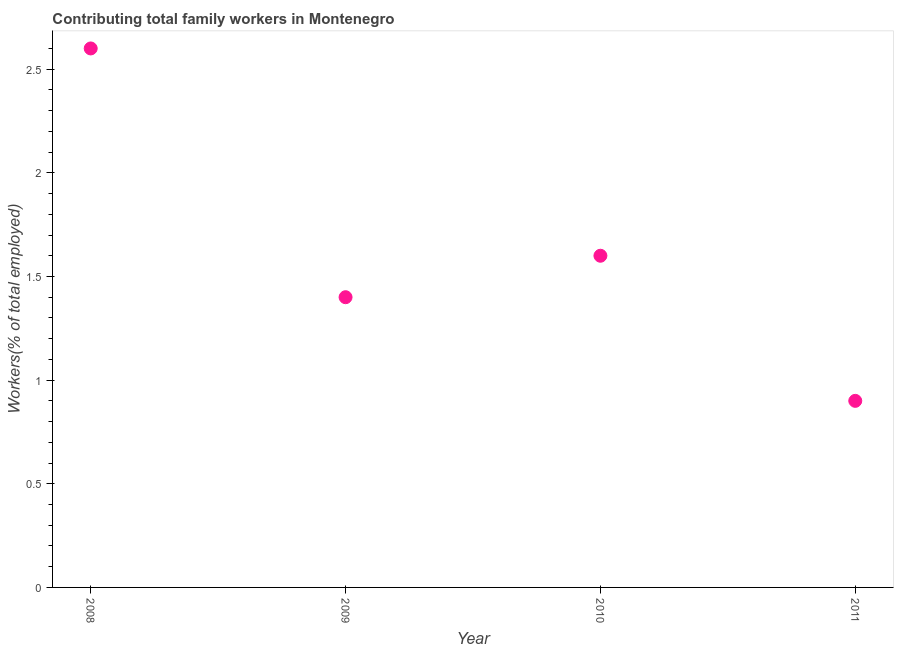
| Year | Contributing family workers |
 | --- | --- |
 | 2008 | 2.6 |
 | 2009 | 1.4 |
 | 2010 | 1.6 |
 | 2011 | 0.9 |